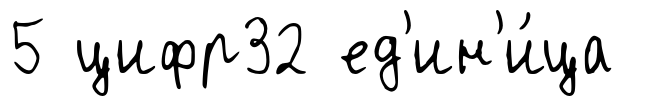
5 цифр32 ед'ин'и́ца